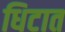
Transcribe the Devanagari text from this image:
धिटात